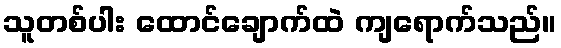
သူတစ်ပါး ထောင်ချောက်ထဲ ကျရောက်သည်။